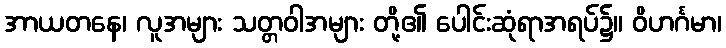
အာယတနေ၊ လူအများ သတ္တဝါအများ တို့၏ ပေါင်းဆုံရာအရပ်၌။ ဝိဟင်္ဂမာ၊